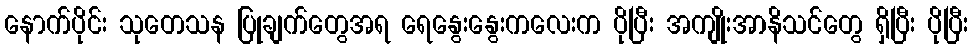
နောက်ပိုင်း သုတေသန ပြုချက်တွေအရ ရေနွေးနွေးကလေးက ပိုပြီး အကျိုးအာနိသင်တွေ ရှိပြီး ပိုပြီး